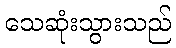
သေဆုံးသွားသည်